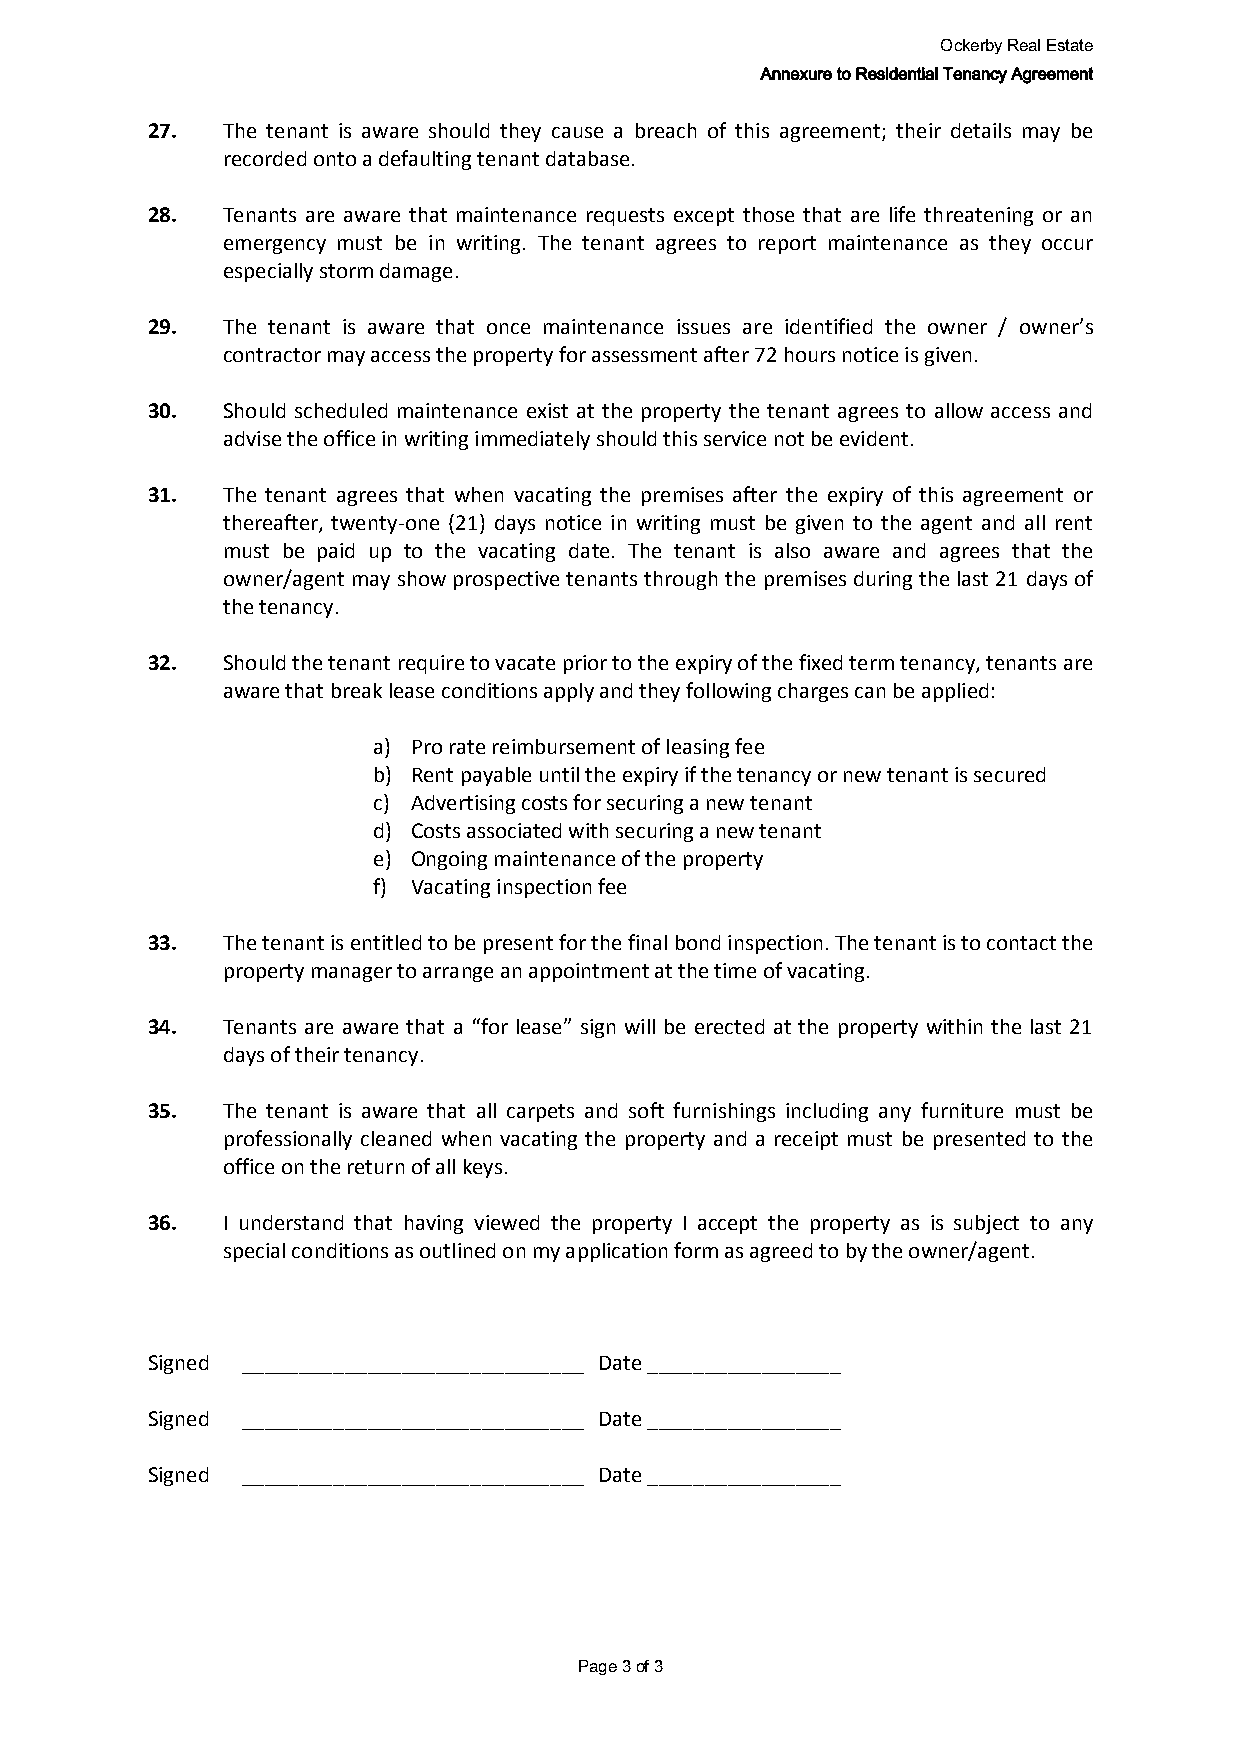
Ockerby Real Estate
 Annexure to Residential Tenancy Agreement
 27.  The tenant is aware should they cause a breach of this agreement; their details may be
 recorded onto a defaulting tenant database.
 28.  Tenants are aware that maintenance requests except those that are life threatening or an
 emergency must be in writing. The tenant agrees to report maintenance as they occur
 especially storm damage.
 29.  The tenant is aware that once maintenance issues are identified the owner / owner’s
 contractor may access the property for assessment after 72 hours notice is given.
 30.  Should scheduled maintenance exist at the property the tenant agrees to allow access and
 advise the office in writing immediately should this service not be evident.
 31.  The tenant agrees that when vacating the premises after the expiry of this agreement or
 thereafter, twenty-one (21) days notice in writing must be given to the agent and all rent
 must be paid up to the vacating date. The tenant is also aware and agrees that the
 owner/agent may show prospective tenants through the premises during the last 21 days of
 the tenancy.
 32.  Should the tenant require to vacate prior to the expiry of the fixed term tenancy, tenants are
 aware that break lease conditions apply and they following charges can be applied:
 a) Pro rate reimbursement of leasing fee
 b) Rent payable until the expiry if the tenancy or new tenant is secured
 c) Advertising costs for securing a new tenant
 d) Costs associated with securing a new tenant
 e) Ongoing maintenance of the property
 f) Vacating inspection fee
 33.  The tenant is entitled to be present for the final bond inspection. The tenant is to contact the
 property manager to arrange an appointment at the time of vacating.
 34.  Tenants are aware that a “for lease” sign will be erected at the property within the last 21
 days of their tenancy.
 35.  The tenant is aware that all carpets and soft furnishings including any furniture must be
 professionally cleaned when vacating the property and a receipt must be presented to the
 office on the return of all keys.
 36.  I understand that having viewed the property I accept the property as is subject to any
 special conditions as outlined on my application form as agreed to by the owner/agent.
 Signed ______________________________ Date _________________
 Signed ______________________________ Date _________________
 Signed ______________________________ Date _________________
 Page 3 of 3